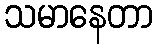
သမာနေတာ